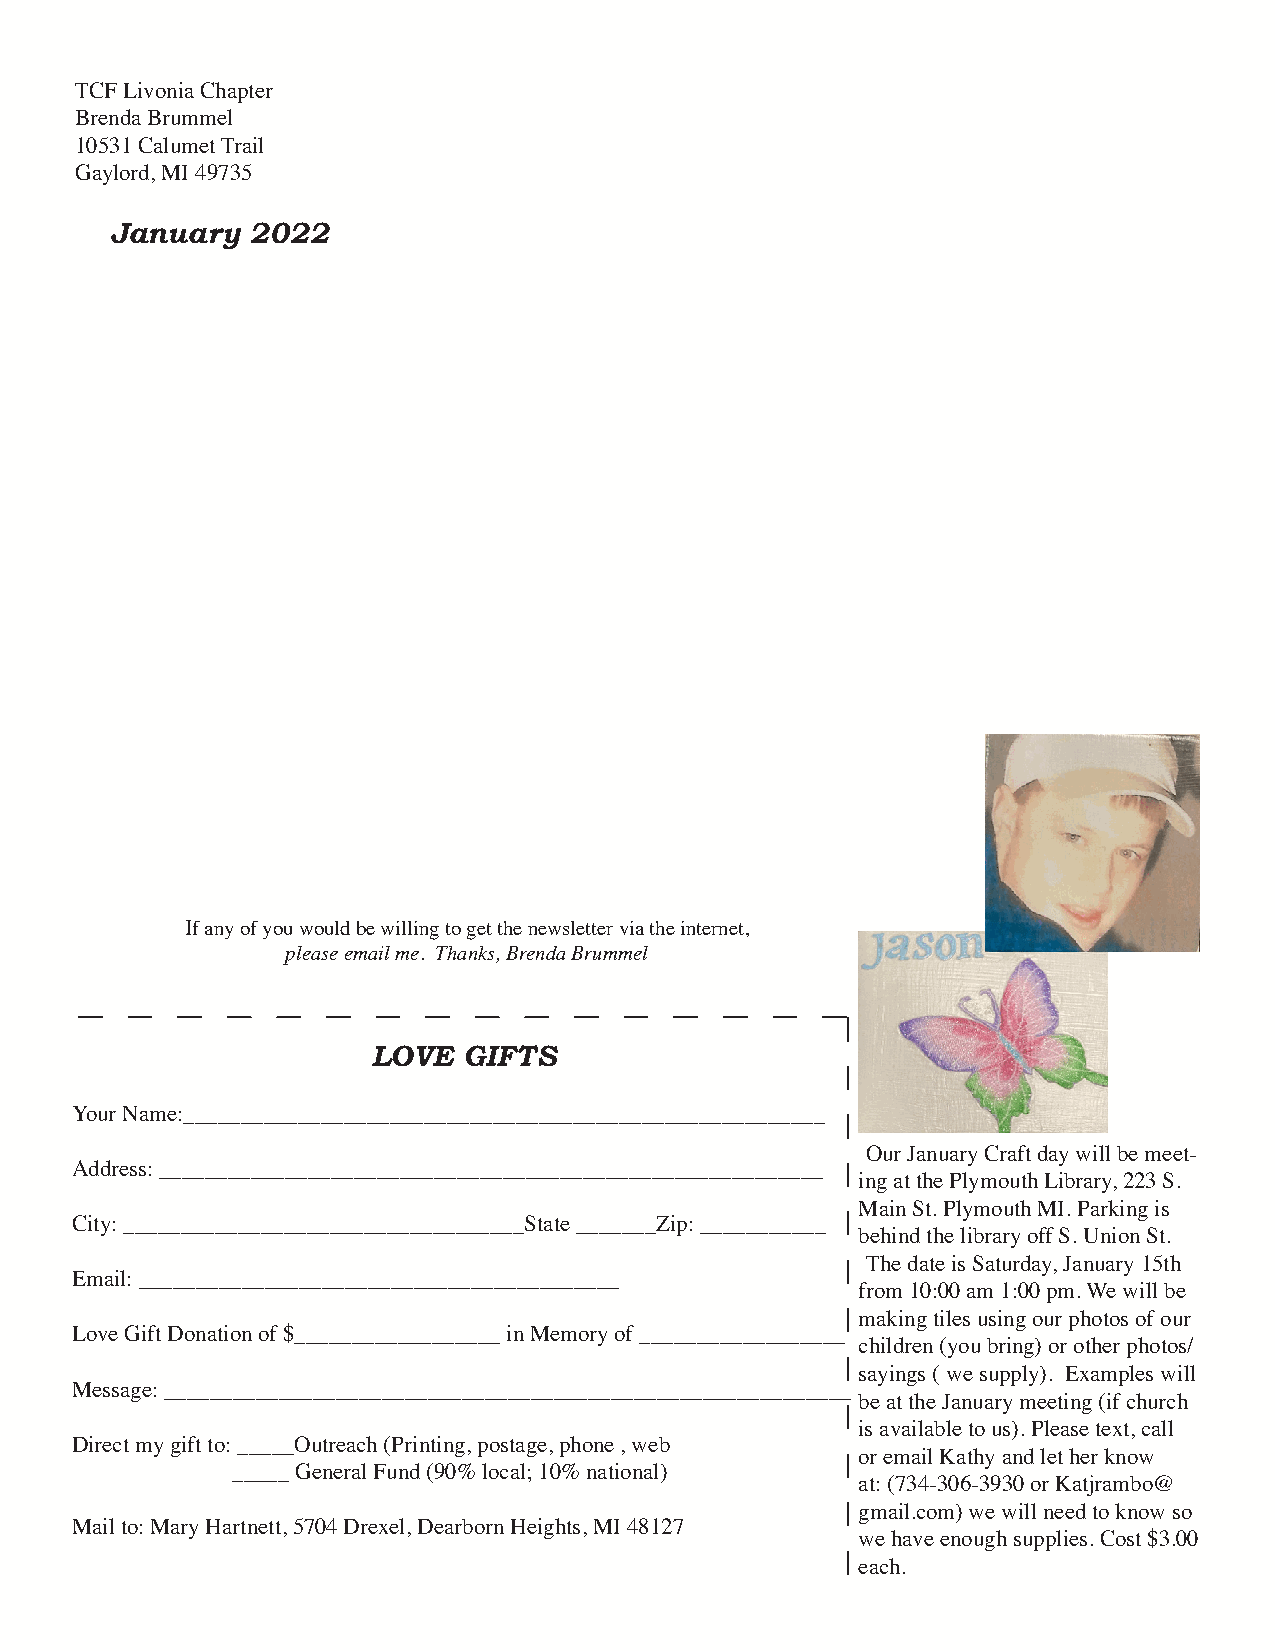
TCF Livonia Chapter
 Brenda Brummel
 10531 Calumet Trail
 Gaylord, MI 49735
 January   2022
 If any of you would be willing to get the newsletter via the internet,
 please email me. Thanks, Brenda Brummel
 LOVE  GIFTS
 Your Name:________________________________________________________
 Our January Craft day will be meet-
 Address: __________________________________________________________
 ing at the Plymouth Library, 223 S.
 Main St. Plymouth MI. Parking is
 City: ___________________________________State _______Zip: ___________
 behind the library off S. Union St.
 The date is Saturday, January 15th
 Email: __________________________________________
 from 10:00 am 1:00 pm. We will be
 making tiles using our photos of our
 Love Gift Donation of $__________________ in Memory of __________________
 children (you bring) or other photos/
 sayings ( we supply). Examples will
 Message: ____________________________________________________________
 be at the January meeting (if church
 is available to us). Please text, call
 Direct my gift to: _____Outreach (Printing, postage, phone , web
 or email Kathy and let her know
 _____ General Fund (90% local; 10% national)
 at: (734-306-3930 or Katjrambo@
 gmail.com) we will need to know so
 Mail to: Mary Hartnett, 5704 Drexel, Dearborn Heights, MI 48127
 we have enough supplies. Cost $3.00
 8
 each.